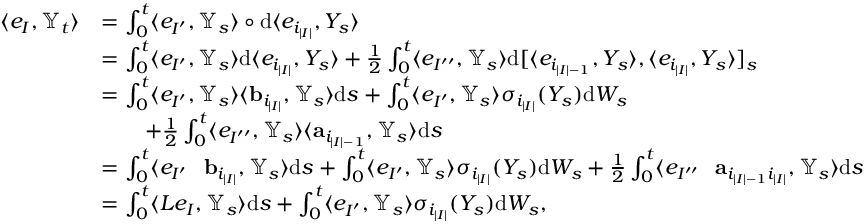
\begin{array} { r l } { \langle e _ { I } , { { \mathbb Y } } _ { t } \rangle } & { = \int _ { 0 } ^ { t } \langle e _ { I ^ { \prime } } , { { \mathbb Y } } _ { s } \rangle \circ { \mathrm { d } } \langle e _ { i _ { | I | } } , Y _ { s } \rangle } \\ & { = \int _ { 0 } ^ { t } \langle e _ { I ^ { \prime } } , { { \mathbb Y } } _ { s } \rangle { { \mathrm { d } } } \langle e _ { i _ { | I | } } , Y _ { s } \rangle + \frac { 1 } { 2 } \int _ { 0 } ^ { t } \langle e _ { I ^ { \prime \prime } } , { { \mathbb Y } } _ { s } \rangle { { \mathrm { d } } } [ \langle e _ { i _ { | I | - 1 } } , Y _ { s } \rangle , \langle e _ { i _ { | I | } } , Y _ { s } \rangle ] _ { s } } \\ & { = \int _ { 0 } ^ { t } \langle e _ { I ^ { \prime } } , { \mathbb Y } _ { s } \rangle \langle { \mathbf b } _ { i _ { | I | } } , { \mathbb Y } _ { s } \rangle { \mathrm { d } } s + \int _ { 0 } ^ { t } \langle e _ { I ^ { \prime } } , { \mathbb Y } _ { s } \rangle \sigma _ { i _ { | I | } } ( Y _ { s } ) { \mathrm { d } } W _ { s } } \\ & { \qquad + \frac { 1 } { 2 } \int _ { 0 } ^ { t } \langle e _ { I ^ { \prime \prime } } , { \mathbb Y } _ { s } \rangle \langle { \mathbf a } _ { i _ { | I | - 1 } } , { \mathbb Y } _ { s } \rangle { \mathrm { d } } s } \\ & { = \int _ { 0 } ^ { t } \langle e _ { I ^ { \prime } } \shuffle { \mathbf b } _ { i _ { | I | } } , { \mathbb Y } _ { s } \rangle { \mathrm { d } } s + \int _ { 0 } ^ { t } \langle e _ { I ^ { \prime } } , { \mathbb Y } _ { s } \rangle \sigma _ { i _ { | I | } } ( Y _ { s } ) { \mathrm { d } } W _ { s } + \frac { 1 } { 2 } \int _ { 0 } ^ { t } \langle e _ { I ^ { \prime \prime } } \shuffle { \mathbf a } _ { i _ { | I | - 1 } i _ { | I | } } , { \mathbb Y } _ { s } \rangle { \mathrm { d } } s } \\ & { = \int _ { 0 } ^ { t } \langle L e _ { I } , { \mathbb Y } _ { s } \rangle { \mathrm { d } } s + \int _ { 0 } ^ { t } \langle e _ { I ^ { \prime } } , { \mathbb Y } _ { s } \rangle \sigma _ { i _ { | I | } } ( Y _ { s } ) { \mathrm { d } } W _ { s } , } \end{array}